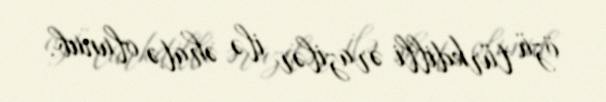
özü türkdilli ərazilər ilə əhatə olunub.